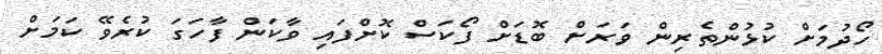
ހޯދުމަށް ކުޅުންތެރިން ވަރަށް ބޮޑަށް ފޯކަސް ކޮށްފައި ވާކަން ފާހަގަ ކުރެވޭ ކަމަށް